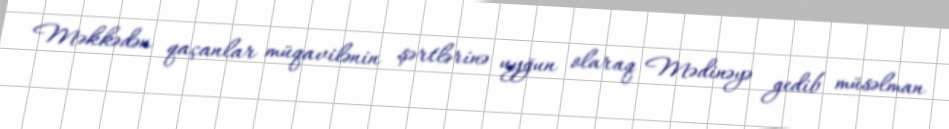
Məkkədən qaçanlar müqavilənin şərtlərinə uyğun olaraq Mədinəyə gedib müsəlman